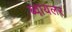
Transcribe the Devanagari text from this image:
ब्वायलर